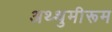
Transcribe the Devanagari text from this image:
अथ्थुमीरूम